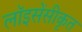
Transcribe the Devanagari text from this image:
लॉइसेंसीकृत